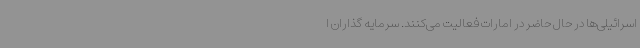
اسرائیلی‌ها در حال حاضر در امارات فعالیت می‌کنند. سرمایه گذاران ا